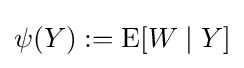
\psi (Y):=\operatorname {E} [W\mid Y]